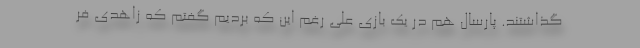
گذاشتند. پارسال هم در یک بازی علی رغم این که بردیم گفتم که زاهدی فر